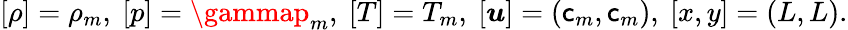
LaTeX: [\rho]=\rho_{m},~[p]=\gammap_{m},~[T]=T_{m},~[\boldsymbol{u}]=(\mathsf{c}_{m},\mathsf{c}_{m}),~[x,y]=(L,L).